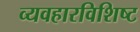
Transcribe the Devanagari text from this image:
व्यवहारविशिष्ट